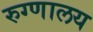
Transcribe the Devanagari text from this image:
रुग्‍णालय